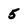
Character: 5